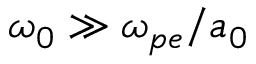
\omega _ { 0 } \gg \omega _ { p e } / a _ { 0 }